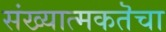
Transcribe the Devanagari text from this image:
संख्यात्मकतॆचा